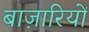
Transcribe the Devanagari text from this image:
बाज़ारियों